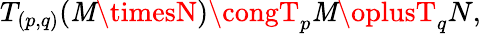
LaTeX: T_{(p,q)}(\mathit{M}\timesN)\congT_{p}\mathit{M}\oplusT_{q}N,